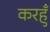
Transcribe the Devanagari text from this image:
करहुँ